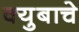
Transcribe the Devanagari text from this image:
क्युबाचे